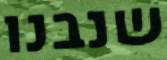
שנבנו